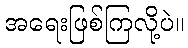
အရေးဖြစ်ကြလို့ပဲ။